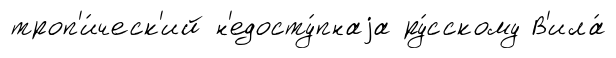
троп'и́ческ'ий н'едосту́пнаjа ру́сскому В'ила́